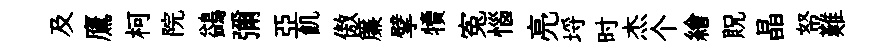
及鷹柯院鷁彌亞飢傲簾擘犢寃惱亮埓时杰个繪貺晶帑難